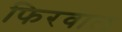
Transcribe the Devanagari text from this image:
फिरवाल